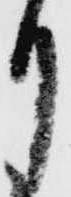
月